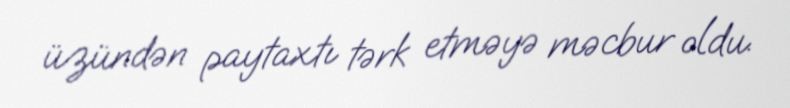
üzündən paytaxtı tərk etməyə məcbur oldu.